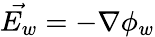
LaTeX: \vec{E_{w}}=-\nabla\phi_{w}